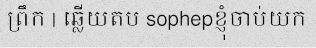
ព្រឹក | ឆ្លើយតប sophepខ្ញុំចាប់យក